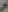
من